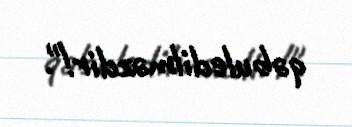
qəbuledilməzdir!".